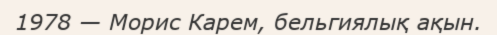
1978 — Морис Карем, бельгиялық ақын.